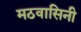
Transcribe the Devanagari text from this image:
मठवासिनी